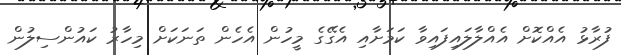
ފުރާޅު އެއްކޮށް އެއްލާލައިފައިވާ ކަމަށާއި އެގޭގެ މީހުން އެހެން ތަނަކަށް މިހާރު ކައުންސިލުން